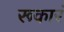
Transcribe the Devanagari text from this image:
रूकारं